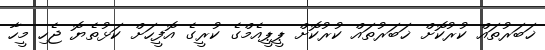
ޚަބަރުތައް ކުރުކޮށް ޚަބަރުތައް ކުރުކޮށް ޕީޕީއެމްގެ ކުރީގެ އޮފީހަށް ކަޅުތެޔޮ ޖެހި މީހާ